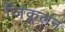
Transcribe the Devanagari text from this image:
जिंकूलन